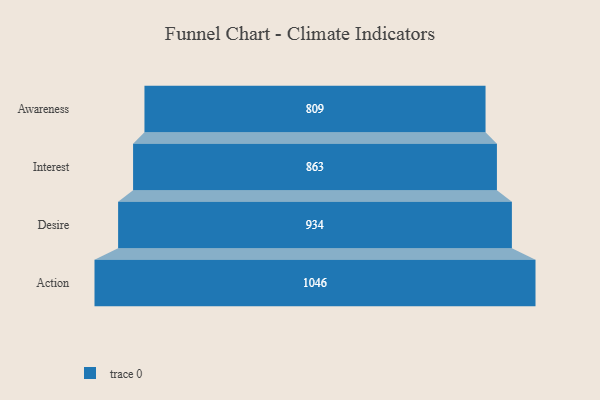
{"axis": {"x": "Stage", "y": "Value"}, "legend": [""], "data": [{"x": "Awareness", "y": 809.0, "type": ""}, {"x": "Interest", "y": 863.0, "type": ""}, {"x": "Desire", "y": 934.0, "type": ""}, {"x": "Action", "y": 1046.0, "type": ""}]}